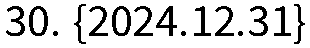
30. {2024.12.31}